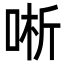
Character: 唽